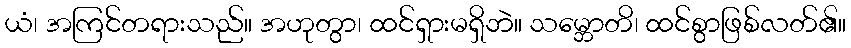
ယံ၊ အကြင်တရားသည်။ အဟုတွာ၊ ထင်ရှားမရှိဘဲ။ သမ္ဘောတိ၊ ထင်စွာဖြစ်လတ်၏။